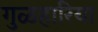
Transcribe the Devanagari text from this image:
गुळहारिया